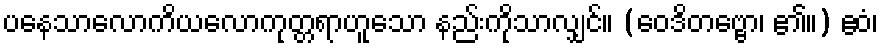
ပနေသာလောကိယလောကုတ္တရာဟူသော နည်းကိုသာလျှင်။ (ဝေဒိတဗ္ဗော၊ ၏။) ဧဝံ၊